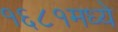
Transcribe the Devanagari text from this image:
१६८१मध्ये